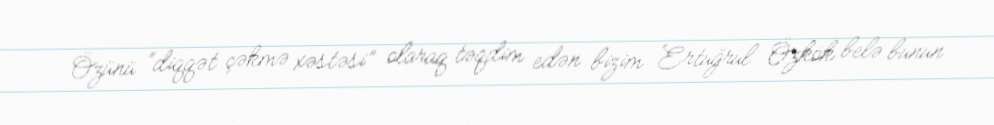
Özünü “diqqət çəkmə xəstəsi” olaraq təqdim edən bizim Ertuğrul Özkök belə bunun